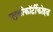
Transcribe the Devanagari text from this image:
ग्लुकोकॉर्टीकोइड